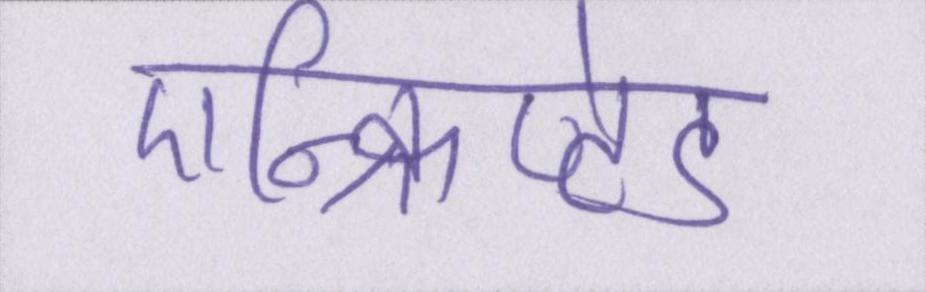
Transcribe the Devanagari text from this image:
एन्क्रिप्टेड